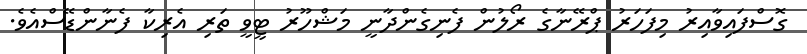
ގޮސްފައިވާއިރު މިފަހަރު ޕްރޭނާގެ ރޯލުން ފެނިގެންދާނީ މަޝްހޫރު ޓީވީ ތަރި އެރިކާ ފެނާންޑޭސްއެވެ.